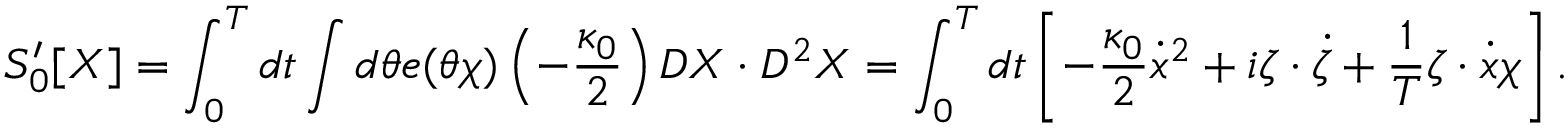
S _ { 0 } ^ { \prime } [ X ] = \int _ { 0 } ^ { T } d t \int d \theta e ( \theta \chi ) \left( - \frac { \kappa _ { 0 } } { 2 } \right) D X \cdot D ^ { 2 } X = \int _ { 0 } ^ { T } d t \left[ - \frac { \kappa _ { 0 } } { 2 } \dot { x } ^ { 2 } + i \zeta \cdot \dot { \zeta } + \frac { 1 } { T } \zeta \cdot \dot { x } \chi \right] .